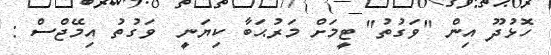
ހޮޅުދޫ އިން "ވަގުތު" ޓީމަށް މަރުޙަބާ ކިޔަނީ  ވަގުތު އިމޭޖްސް :